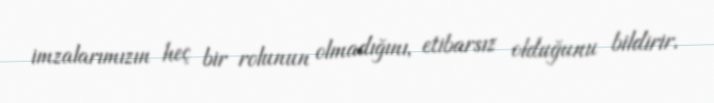
imzalarımızın heç bir rolunun olmadığını, etibarsız olduğunu bildirir.